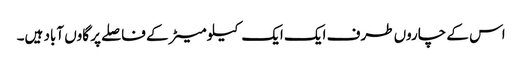
اس کے چاروں طرف ایک ایک کیلو میٹر کے فاصلے پر گاوں آباد ہیں۔